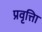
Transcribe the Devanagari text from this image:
प्रवृत्तिा